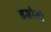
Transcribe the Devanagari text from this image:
एजोगो